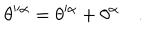
LaTeX: \theta ^ { \alpha } = \theta ^ { \alpha } + \theta ^ { \alpha } \quad .